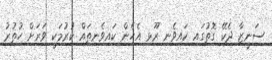
ސަނީޒާ ދެކޭ ގޮތުގައި ކައިވެނި ރޫޅި އެހެން ކައިވެނިތައް ކުރުމަކީ ވަރަށް ހުތުރު